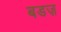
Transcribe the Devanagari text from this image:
बडज़